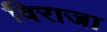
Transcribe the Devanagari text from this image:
विराजा